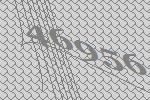
46956